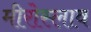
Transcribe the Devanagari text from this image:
मीरोस्लाव